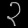
Digit: ၃